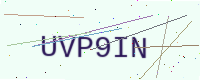
Text: UVP9IN